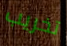
تخريب